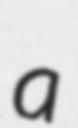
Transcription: a